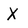
Character: x